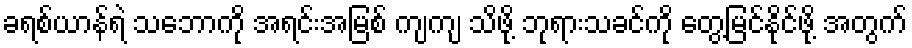
ခရစ်ယာန်ရဲ သဘောကို အရင်းအမြစ် ကျကျ သိဖို့ ဘုရားသခင်ကို တွေ့မြင်နိုင်ဖို့ အတွက်